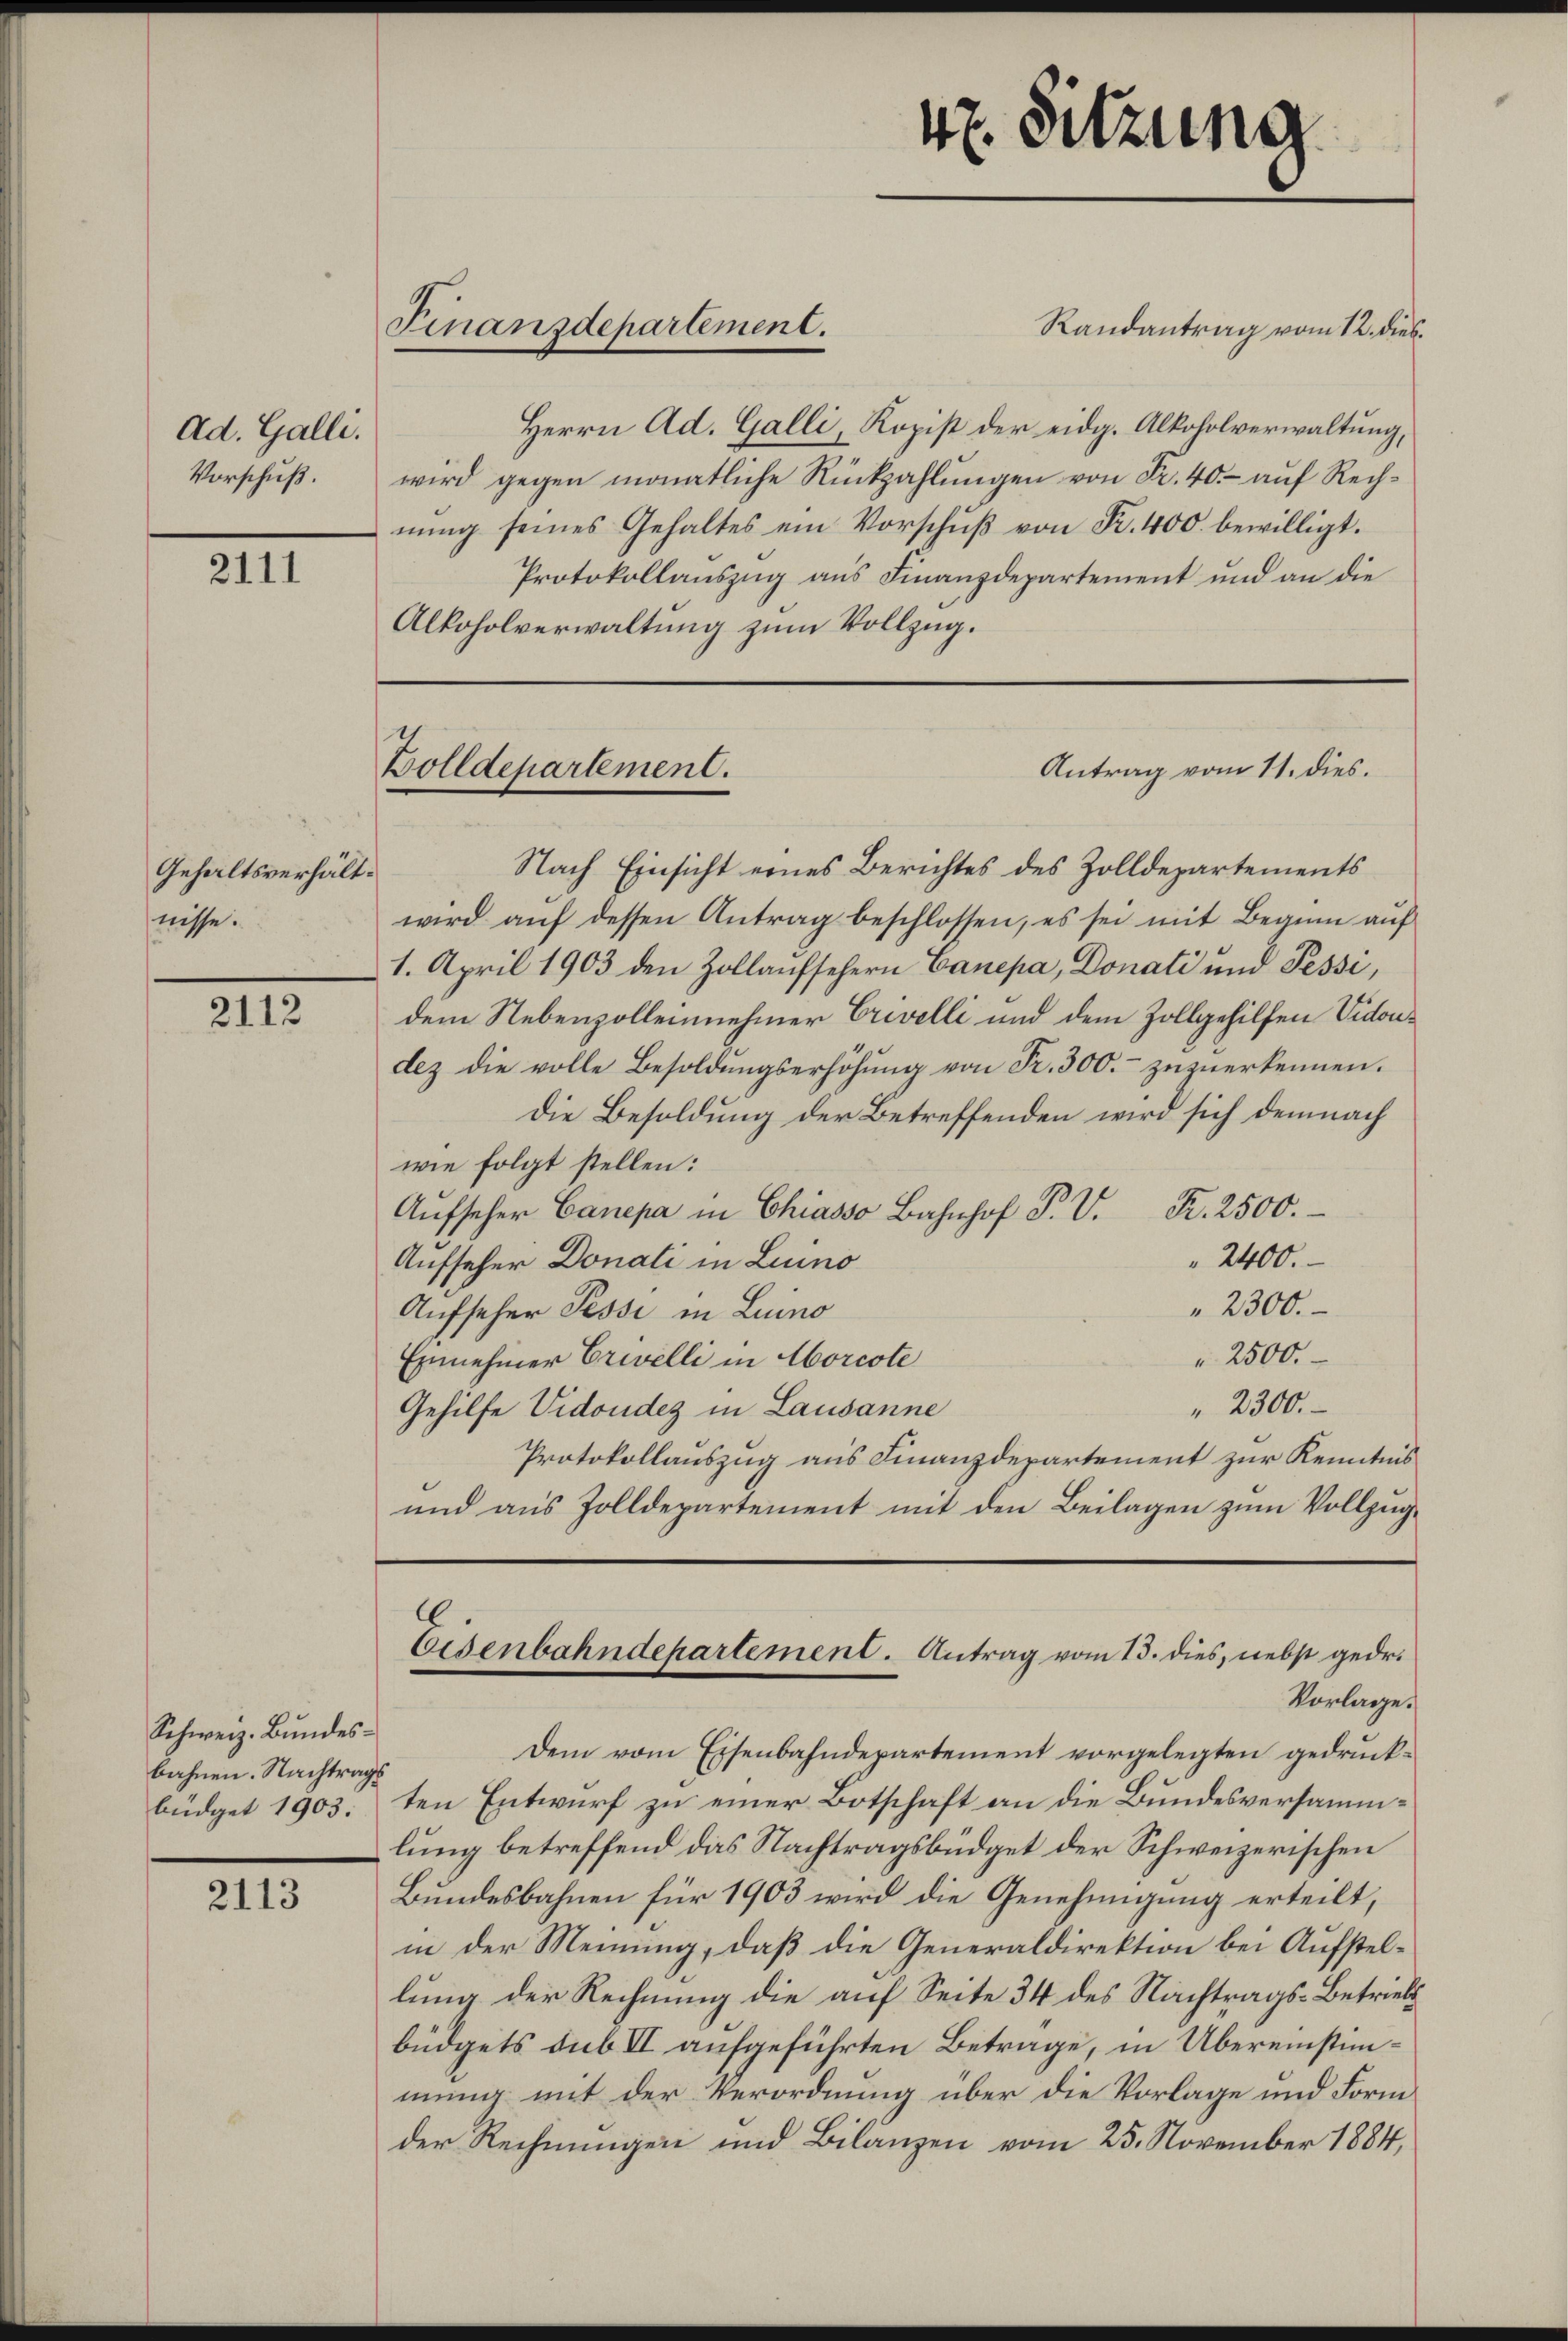
Ad. Galli.
Vorschuß.

2111

Gehaltsverhält.
nisse.

2112

Schweiz. Bundes-
bahnen. Nachtrag
büdget 1903.

2113

Finanzdepartement.

Randantrag vom 12. dies
Herrn Ad. Galli, Kopist der eidg. Alkoholverwaltung,
wird gegen monatliche Rückzahlungen von Fr. 40.- auf Rechnung seines Gehaltes ein Vorschuß von Fr. 400. bewilligt.
Protokollauszug aus Finanzdepartement und an die
Alkoholverwaltung zum Vollzug.

Zolldepartement.

47. Sitzung

Antrag vom 11. dies.

Nach Einsicht eines Berichtes des Zolldepartements
wird aŭf dessen Antrag beschlossen, es sei mit Beginn auf
1. April 1903 den Zollaufsehern Canepa, Donati und Pessi,
dem Nebenzollennehmer Crevelli und dem Zollgehilfen Vidoudez die volle Besoldŭngserhöhŭng von Fr. 300.- zŭzŭerkennen.
Die Besoldung der Betreffenden wird sich demnach
wie folgt stellen:
Aufseher Canepa in Chiasso Bahnhof P. V. P. 2500.
Aufseher Donati in Linno
2400.
" 2300.
Aufseher Pessi in Luino
" 2500.
Einnehmer Erwelli in Morcote
" 2300.
Gehilfe Vidonder in Lausanne
Protokollauszug aus Finanzdepartement zur Kenntnis
und aus Zolldepartement mit den Beilagen zum Vollzug¬
Eisenbahndepartement. Antrag vom 13. dies, nebst gedr.
Vorlage.
Dem vom Eisenbahndepartement vorgelegten gedruckten Entwurf zu einer Botschaft an die Bundesversammlung betreffend das Nachtragsbüdget der Schweizerischen
Bundesbahnen für 1903 wird die Genehmigung erteilt,
in der Meinung, daß die Generaldirektion bei Aufstellung der Rechnung die auf Seite 34 des Nachtrags-Betriebs
büdgets sub II aufgeführten Betrage, in Übereinstimmung mit der Verordnung über die Vorlage und Form
der Rechnungen und Bilanzen vom 25. November 1884,